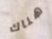
هناك